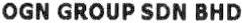
OGN GROUP SDN BHD